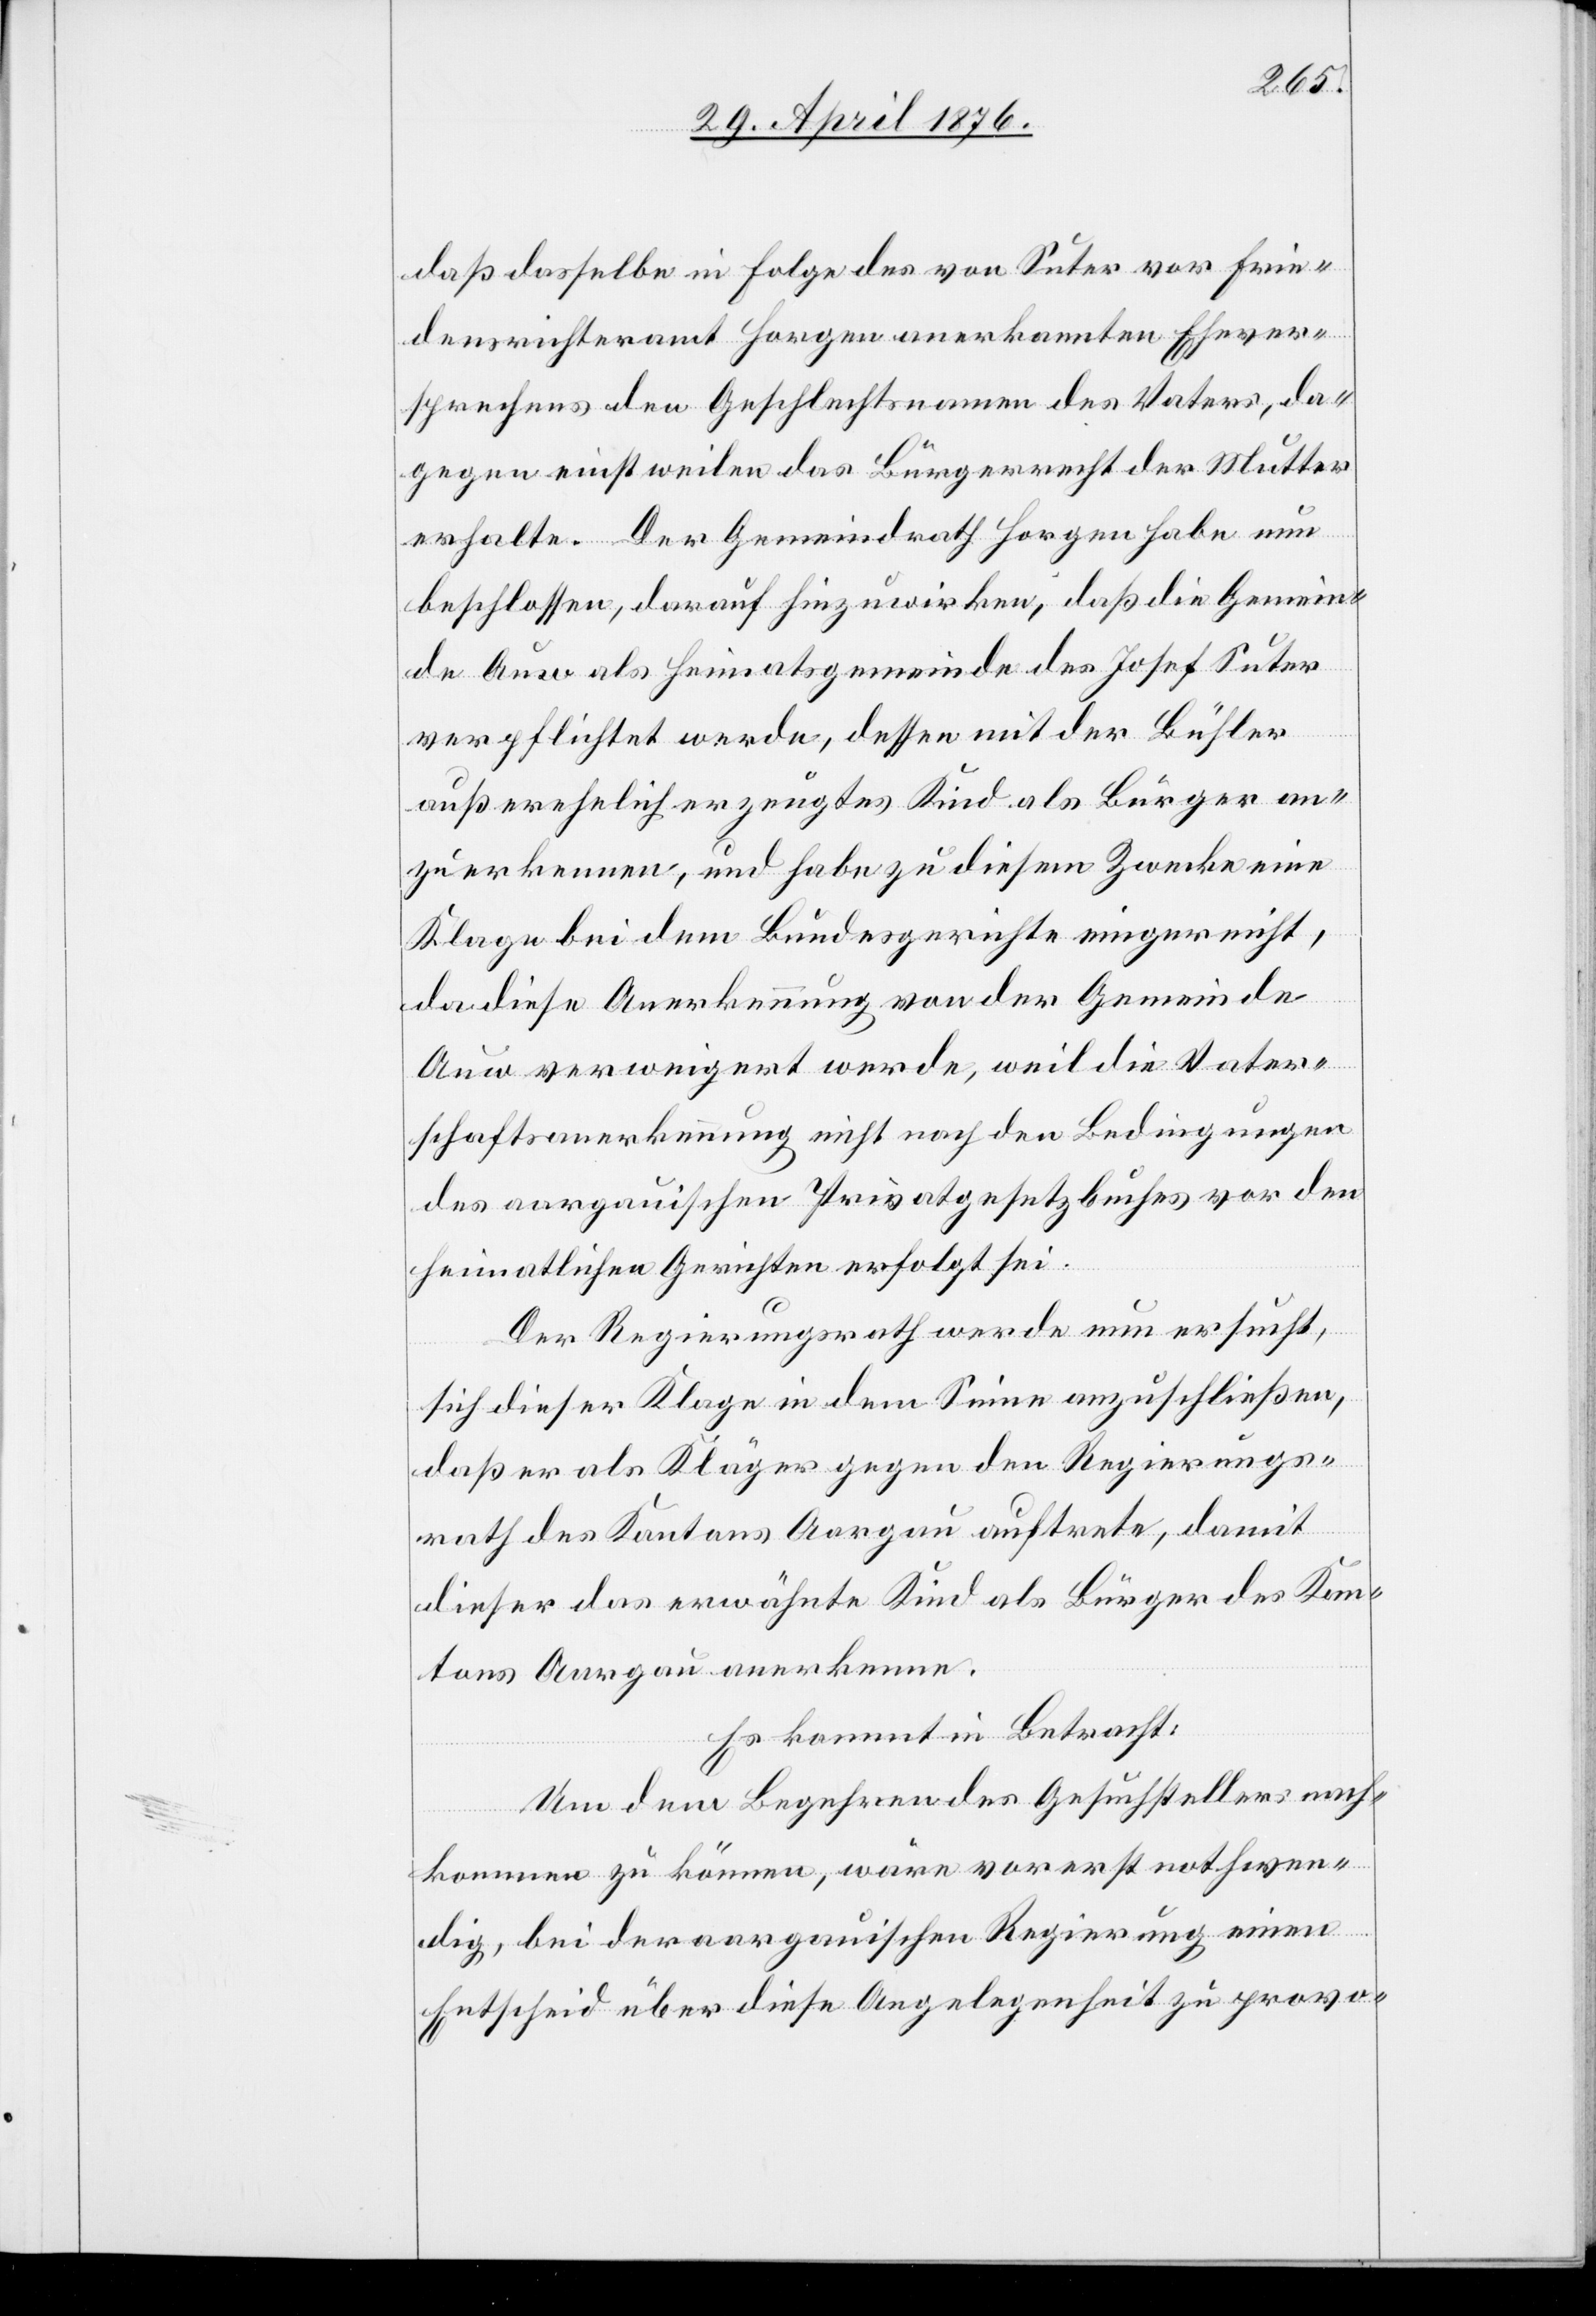
daß derselbe in Folge des von Suter vor [de¬
densrichteramt Horgen anerkannten Ehever¬
sprechens den Geschlechtsnamen des Vaters, da¬
gegen einstweilen das Bürgerrecht der Mutter
erhalte. Der Gemeindrath Horgen habe nun
beschlossen, darauf hinzuwirken, daß die Gemein¬
de Auw als Heimatsgemeinde des Josef Suter
verpflichtet werde, dessen mit der Bühler
außerehelich erzeugtes Kind als Bürger an¬
zuerkennen, und habe zu diesem Zwecke eine
Klage bei dem Bundesgerichte eingereicht,
da diese Anerkennung von der Gemeinde
Auw verweigert werde, weil die Vater¬
schaftsanerkennung nicht nach den Bedingungen
des aargauischen Privatgesetzbuches vor den
heimatlichen Gerichten erfolgt sei.
Der Regierungsrath werde nun ersucht,
sich dieser Klage in dem Sinne anzuschließen,
daß er als Kläger gegen den Regierungs¬
rath des Kantons Aargau auftrete, damit
dieser das erwähnte Kind als Bürger des Kan¬
tons Aargau anerkenne.
Es kommt in Betracht:
Um dem Begehren des Gesuchstellers nach¬
kommen zu können, wäre vorerst nothwen¬
ie¬
dig, bei der aargauischen Regierung einen
Entscheid über diese Angelegenheit zu provo-